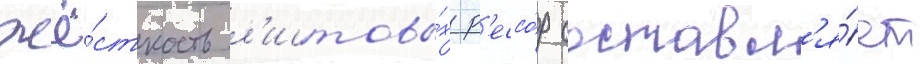
Жё́сткость л'истовы́х р'ессо́р составл'я́ет